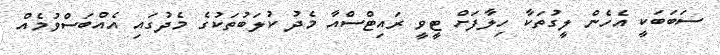
ސަބަބަކީ އެހެން ލީގުތަކާ ހިލާފަށް ޓީވީ ރައިޓްސްއާ މެދު ކުލަބުތަކުގެ މެދުގައި އެއްބަސްވުމެއް